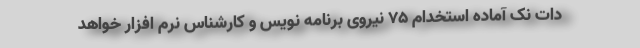
دات نک آماده استخدام 75 نیروی برنامه نویس و کارشناس نرم افزار خواهد